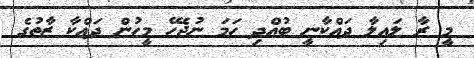
މީ ރާ ލައިލާ ދައްކާނީ ބުއްދި ހަމަ ނުޖެހޭ މީހުން ދައްކާ ޒާތުގެ